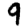
Digit: 9